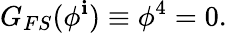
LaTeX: G_{FS}(\phi^{\mathbf{i}})\equiv\phi^{4}=0.